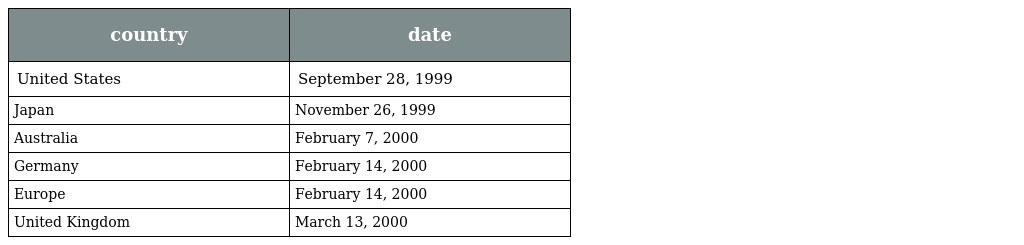
| country | date |
 | --- | --- |
 | United States | September 28, 1999 |
 | Japan | November 26, 1999 |
 | Australia | February 7, 2000 |
 | Germany | February 14, 2000 |
 | Europe | February 14, 2000 |
 | United Kingdom | March 13, 2000 |